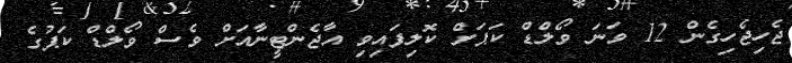
ޖެހިޖެހިގެން 12 ވަނަ ވޯލްޑް ކަޕަށް ކޮލިފައިވި އާޖެންޓީނާއަށް ވެސް ވޯލްޑް ކަޕުގެ